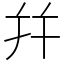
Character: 幷